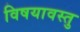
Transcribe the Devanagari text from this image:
विषयावस्तु